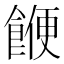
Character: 𮩅